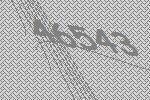
46543